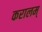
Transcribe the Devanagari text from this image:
करालम्